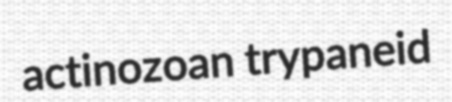
actinozoan trypaneid